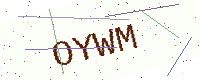
Text: OYWM